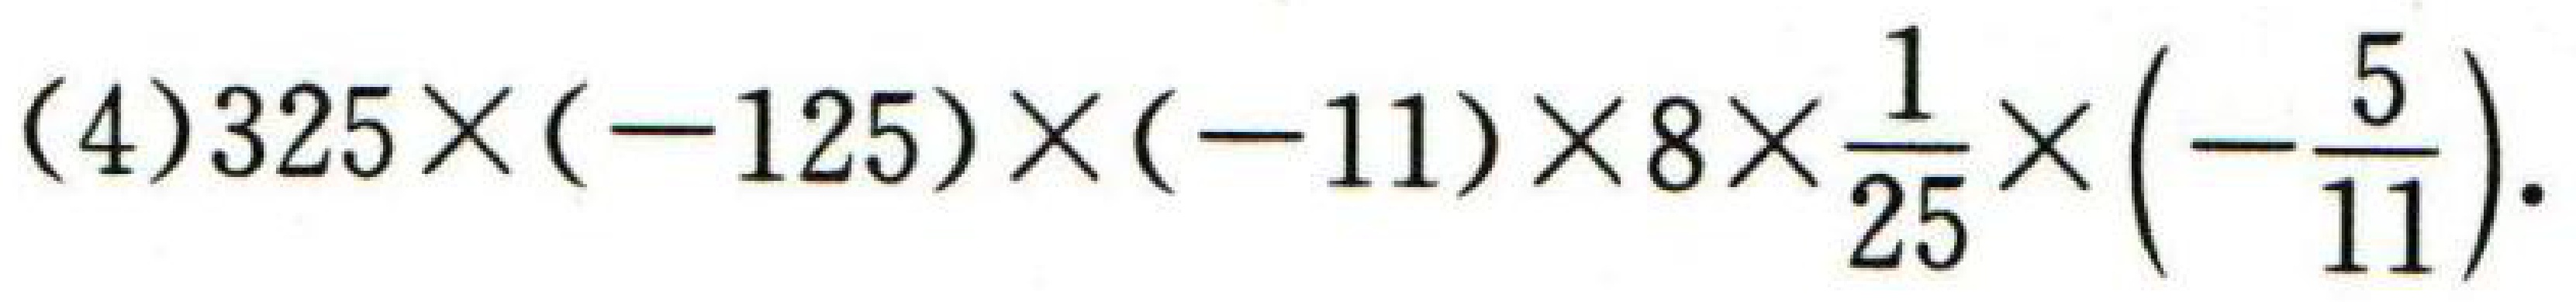
(4)\(325\times(-125)\times(-11)\times8\times\frac{1}{25}\times\left(-\frac{5}{11}\right)\).